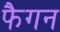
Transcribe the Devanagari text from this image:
फैगन